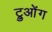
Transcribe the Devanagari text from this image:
ट्रुओंग